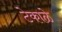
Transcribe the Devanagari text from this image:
टेकाळे